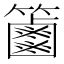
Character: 𥷠